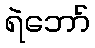
ရဲဘော်